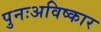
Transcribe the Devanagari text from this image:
पुनःअविष्कार